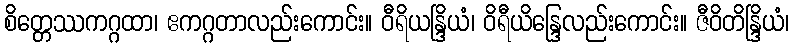
စိတ္တေဿကဂ္ဂထာ၊ ဧကဂ္ဂတာလည်းကောင်း။ ဝီရိယန္ဒြိယံ၊ ဝိရီယိန္ဒြေလည်းကောင်း။ ဇီဝိတိန္ဒြိယံ၊